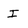
Character: I